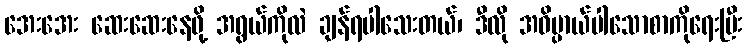
အေးအေး ဆေးဆေးနေဖို့ အရွယ်ကိုလဲ ချန်ရပါသေးတယ်၊ ဒီလို အဓိပ္ပာယ်ပါသောစာကိုရေးပြီး